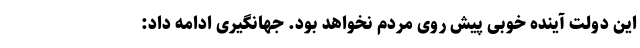
این دولت آینده خوبی پیش روی مردم نخواهد بود. جهانگیری ادامه داد: